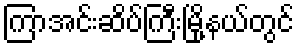
ကြာအင်းဆိပ်ကြီးမြို့နယ်တွင်